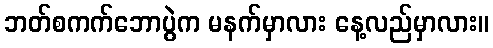
ဘတ်စကက်ဘောပွဲက မနက်မှာလား နေ့လည်မှာလား။